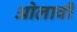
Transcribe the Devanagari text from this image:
ओलावी